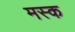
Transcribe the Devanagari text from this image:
मस्‍क